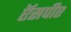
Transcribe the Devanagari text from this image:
ऍसपीए